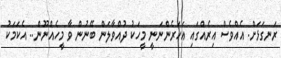
ރަނގަޅަށް. އެއްވެސް އިރެއްގައި އަހަރެންނަނީ މީހަކު ދުއްވާލަން ބޭނުން ވާ މީހެއްނޫން.. އެކަމަކު